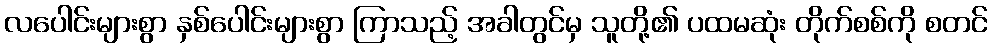
လပေါင်းများစွာ နှစ်ပေါင်းများစွာ ကြာသည့် အခါတွင်မှ သူတို့၏ ပထမဆုံး တိုက်စစ်ကို စတင်